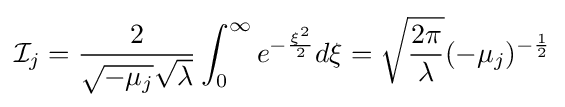
{\mathcal {I}}_{j}={\frac {2}{{\sqrt {-\mu _{j}}}{\sqrt {\lambda }}}}\int _{0}^{\infty }e^{-{\frac {\xi ^{2}}{2}}}d\xi ={\sqrt {\frac {2\pi }{\lambda }}}(-\mu _{j})^{-{\frac {1}{2}}}